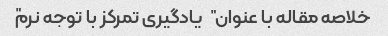
خلاصه مقاله با عنوان "یادگیری تمرکز با توجه نرم"